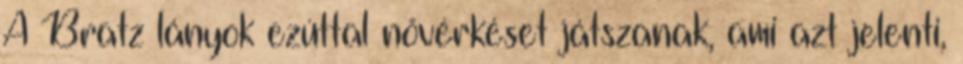
A Bratz lányok ezúttal nővérkéset játszanak, ami azt jelenti,